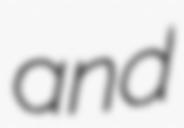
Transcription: and